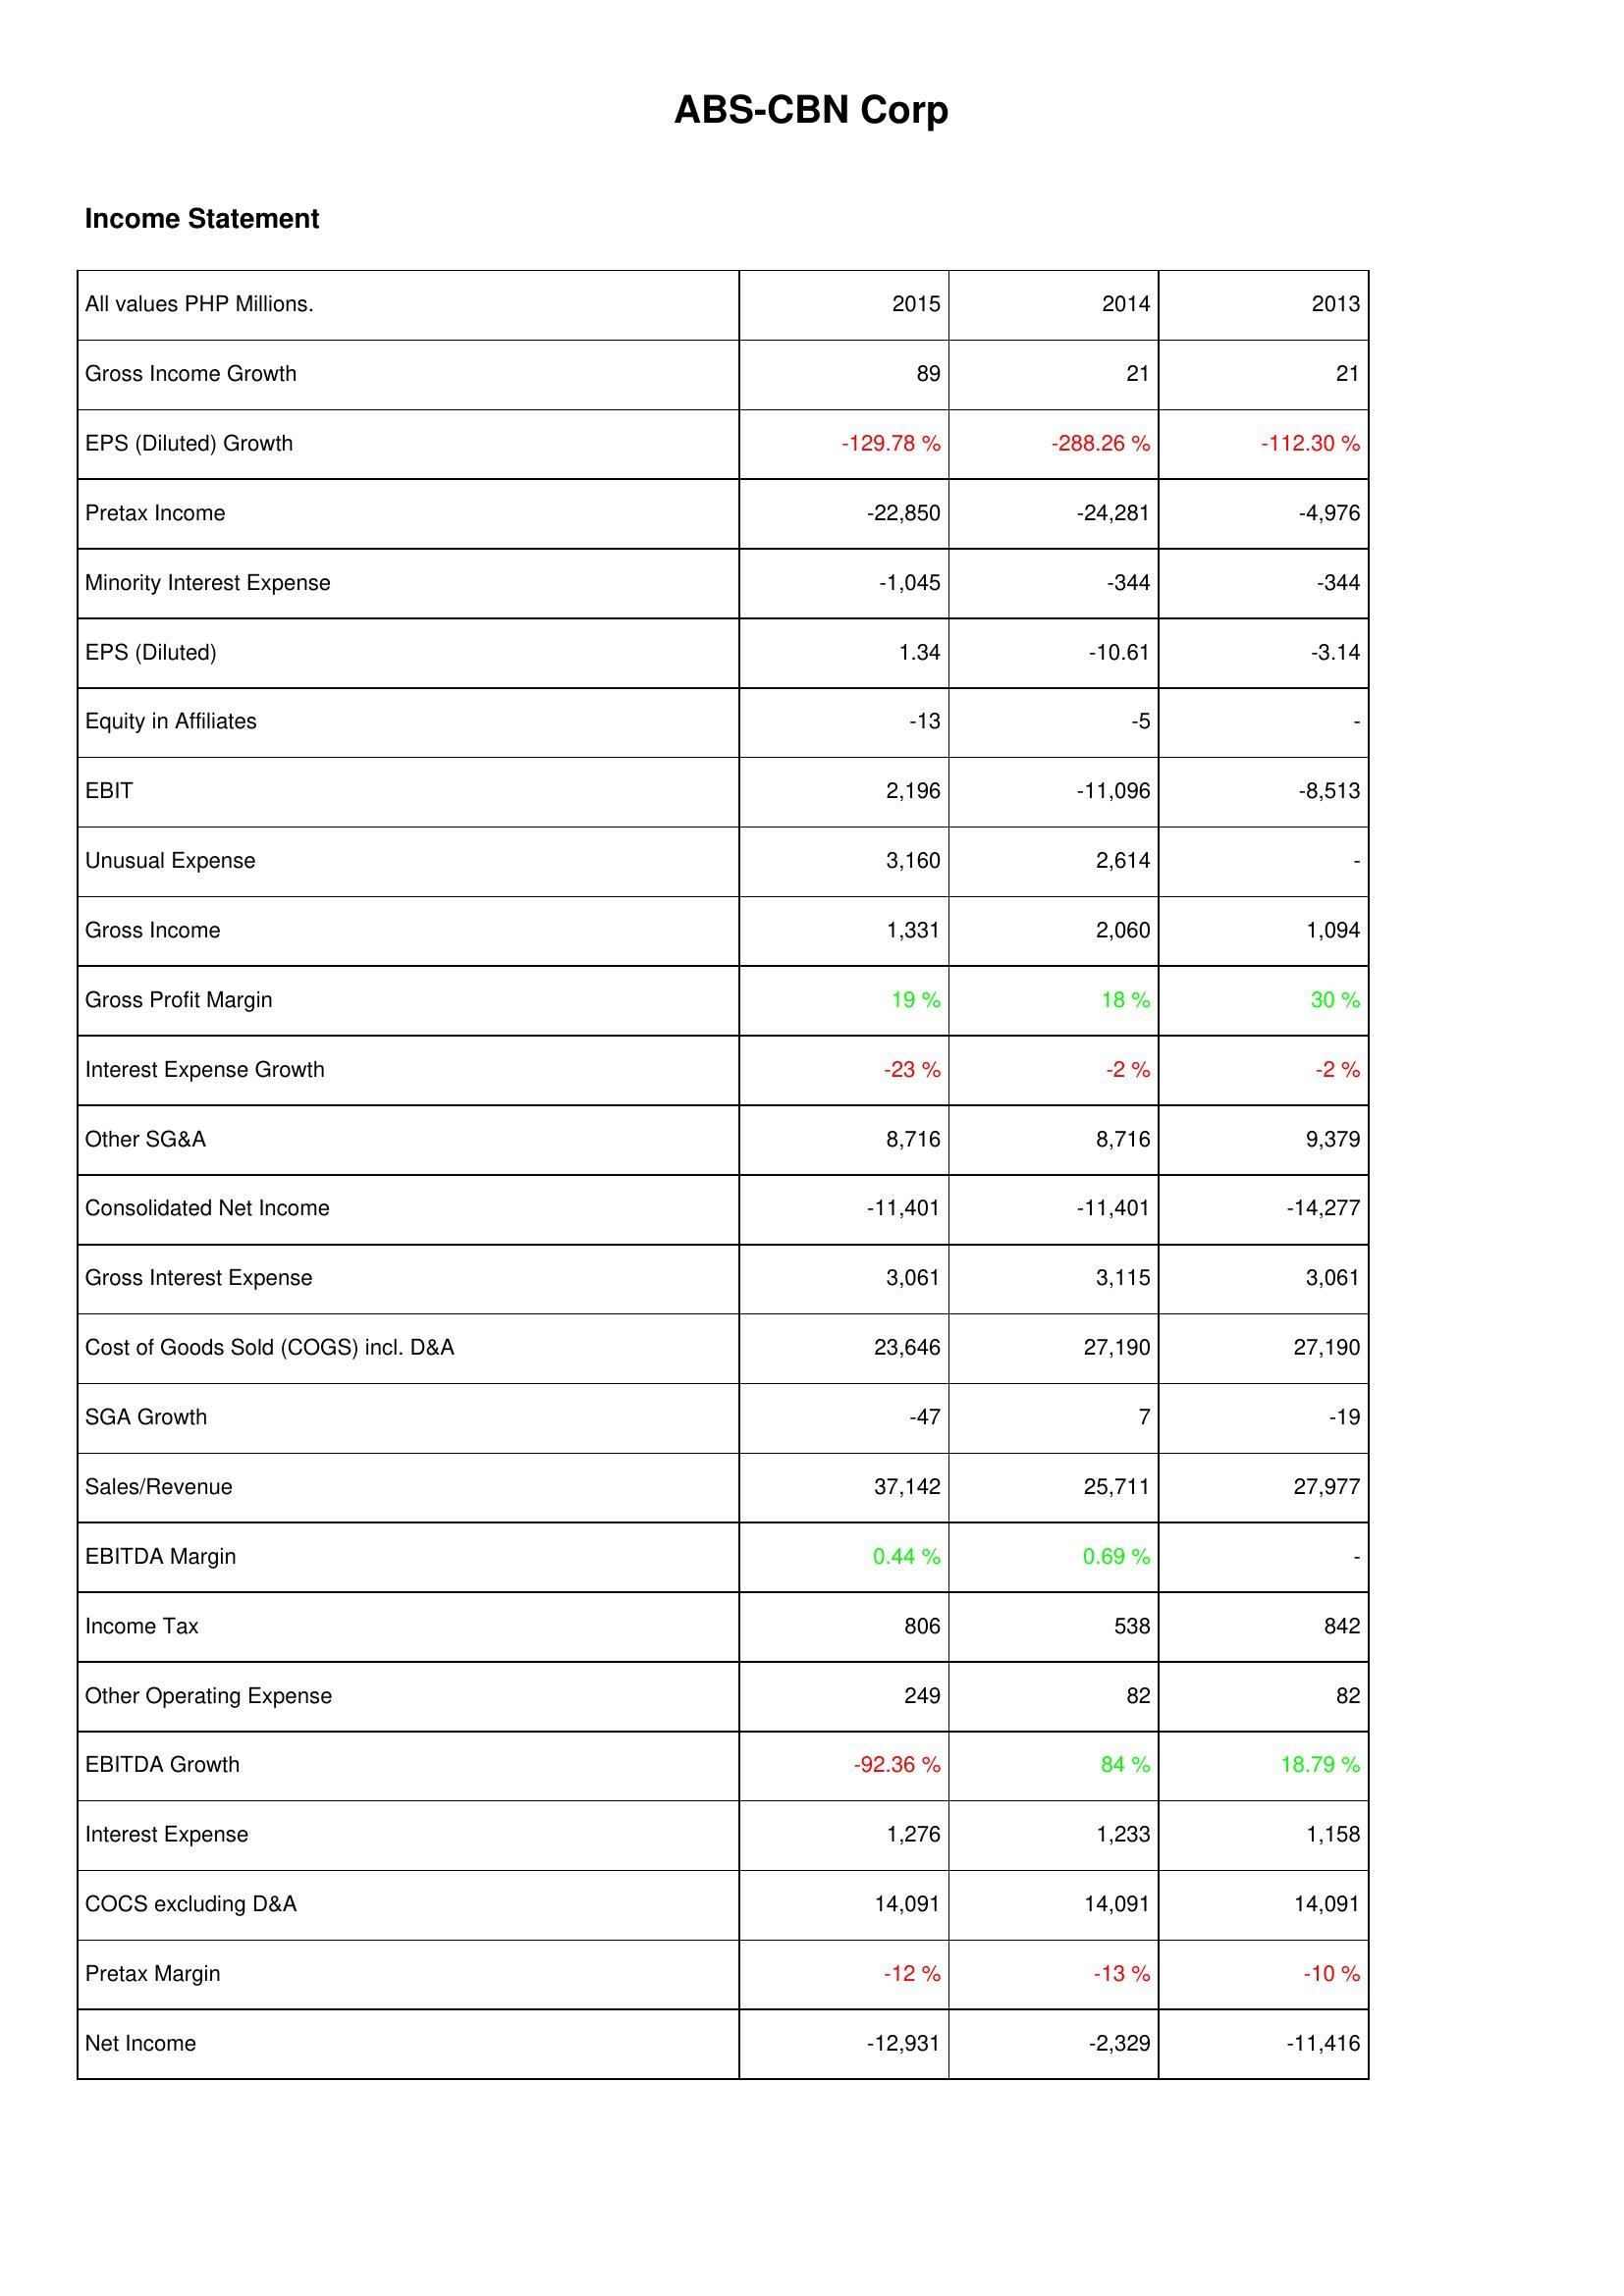
2015: Income Statement: Gross Income Growth: 89
EPS (Diluted) Growth: -129.78 %
Pretax Income: -22,850
Minority Interest Expense: -1,045
EPS (Diluted): 1.34
Equity in Affiliates: -13
EBIT: 2,196
Unusual Expense: 3,160
Gross Income: 1,331
Gross Profit Margin: 19 %
Interest Expense Growth: -23 %
Other SG&A: 8,716
Consolidated Net Income: -11,401
Gross Interest Expense: 3,061
Cost of Goods Sold (COGS) incl. D&A: 23,646
SGA Growth: -47
Sales/Revenue: 37,142
EBITDA Margin: 0.44 %
Income Tax: 806
Other Operating Expense: 249
EBITDA Growth: -92.36 %
Interest Expense: 1,276
COCS excluding D&A: 14,091
Pretax Margin: -12 %
Net Income: -12,931
2014: Income Statement: Gross Income Growth: 21
EPS (Diluted) Growth: -288.26 %
Pretax Income: -24,281
Minority Interest Expense: -344
EPS (Diluted): -10.61
Equity in Affiliates: -5
EBIT: -11,096
Unusual Expense: 2,614
Gross Income: 2,060
Gross Profit Margin: 18 %
Interest Expense Growth: -2 %
Other SG&A: 8,716
Consolidated Net Income: -11,401
Gross Interest Expense: 3,115
Cost of Goods Sold (COGS) incl. D&A: 27,190
SGA Growth: 7
Sales/Revenue: 25,711
EBITDA Margin: 0.69 %
Income Tax: 538
Other Operating Expense: 82
EBITDA Growth: 84 %
Interest Expense: 1,233
COCS excluding D&A: 14,091
Pretax Margin: -13 %
Net Income: -2,329
2013: Income Statement: Gross Income Growth: 21
EPS (Diluted) Growth: -112.30 %
Pretax Income: -4,976
Minority Interest Expense: -344
EPS (Diluted): -3.14
Equity in Affiliates: -
EBIT: -8,513
Unusual Expense: -
Gross Income: 1,094
Gross Profit Margin: 30 %
Interest Expense Growth: -2 %
Other SG&A: 9,379
Consolidated Net Income: -14,277
Gross Interest Expense: 3,061
Cost of Goods Sold (COGS) incl. D&A: 27,190
SGA Growth: -19
Sales/Revenue: 27,977
EBITDA Margin: -
Income Tax: 842
Other Operating Expense: 82
EBITDA Growth: 18.79 %
Interest Expense: 1,158
COCS excluding D&A: 14,091
Pretax Margin: -10 %
Net Income: -11,416